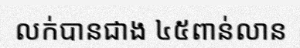
លក់បានជាង ៤៥ពាន់លាន